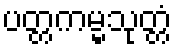
ပတ္တကမ္မသုတ္တံ